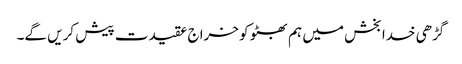
گڑھی خدا بخش میں ہم بھٹو کو خراج عقیدت پیش کریں گے۔